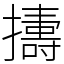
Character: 𢷬